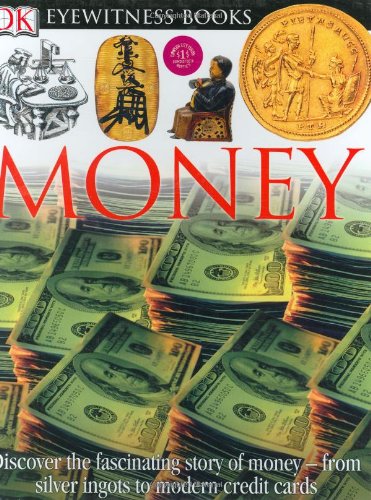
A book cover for DK Eyewitness Books: Money; Joe Cribb; Children's Books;